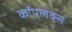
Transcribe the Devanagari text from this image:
कॉपलेक्स